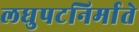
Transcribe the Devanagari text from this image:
लघुपटनिर्माते